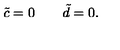
\quad \tilde { c } = 0 \quad \quad \tilde { d } = 0 .